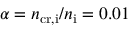
\alpha = n _ { \mathrm { c r , i } } / n _ { \mathrm { i } } = 0 . 0 1